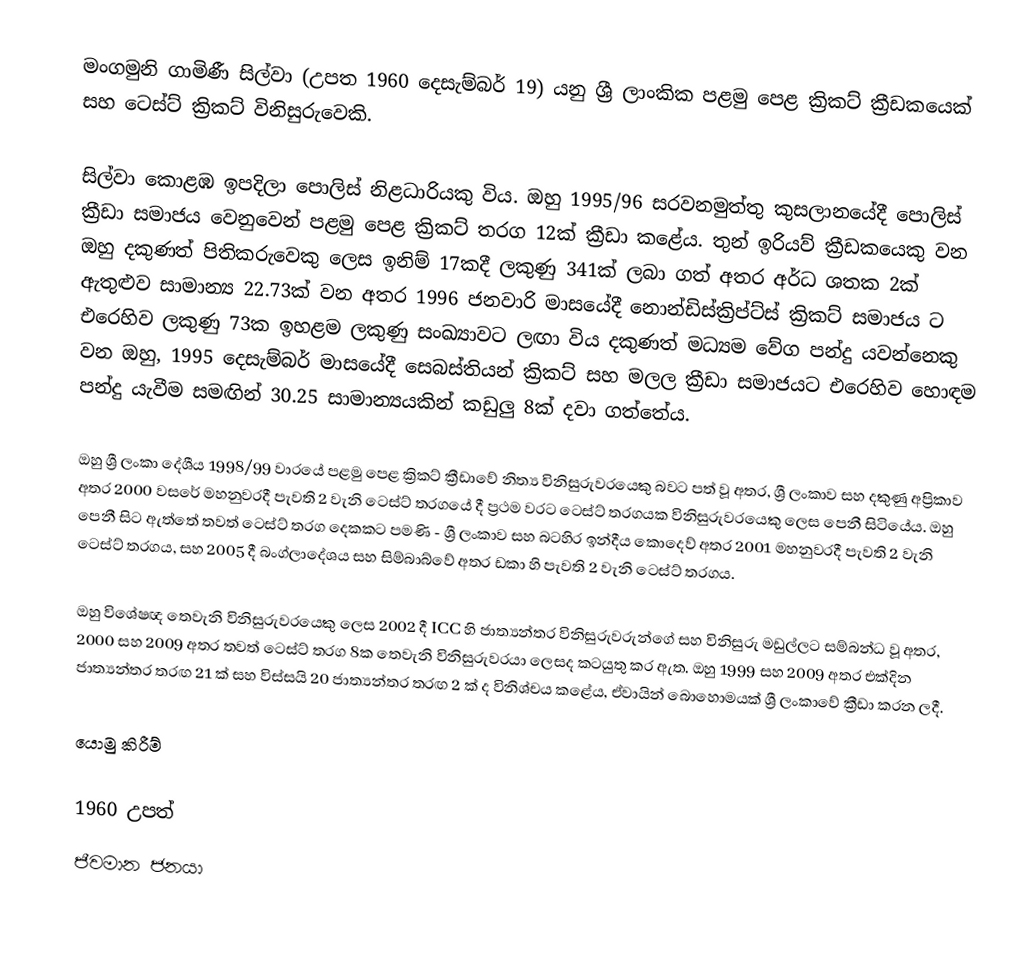
මංගමුනි ගාමිණී සිල්වා (උපත 1960 දෙසැම්බර් 19) යනු ශ්‍රී ලාංකික පළමු පෙළ ක්‍රිකට් ක්‍රීඩකයෙක් සහ ටෙස්ට් ක්‍රිකට් විනිසුරුවෙකි.

සිල්වා කොළඹ ඉපදිලා පොලිස් නිළධාරියකු විය. ඔහු 1995/96 සරවනමුත්තු කුසලානයේදී පොලිස් ක්‍රීඩා සමාජය වෙනුවෙන් පළමු පෙළ ක්‍රිකට් තරග 12ක් ක්‍රීඩා කළේය. තුන් ඉරියව් ක්‍රීඩකයෙකු වන ඔහු දකුණත් පිතිකරුවෙකු ලෙස ඉනිම් 17කදී ලකුණු 341ක් ලබා ගත් අතර අර්ධ ශතක 2ක් ඇතුළුව සාමාන්‍ය 22.73ක් වන අතර 1996 ජනවාරි මාසයේදී නොන්ඩිස්ක්‍රිප්ට්ස් ක්‍රිකට් සමාජය ට එරෙහිව ලකුණු 73ක ඉහළම ලකුණු සංඛ්‍යාවට ලඟා විය  දකුණත් මධ්‍යම වේග පන්දු යවන්නෙකු වන ඔහු, 1995 දෙසැම්බර් මාසයේදී සෙබස්තියන් ක්‍රිකට් සහ මලල ක්‍රීඩා සමාජයට එරෙහිව හොඳම පන්දු යැවීම සමඟින් 30.25 සාමාන්‍යයකින් කඩුලු 8ක් දවා ගත්තේය.

ඔහු ශ්‍රී ලංකා දේශීය 1998/99 වාරයේ පළමු පෙළ ක්‍රිකට් ක්‍රීඩාවේ නිත්‍ය විනිසුරුවරයෙකු බවට පත් වූ අතර, ශ්‍රී ලංකාව සහ දකුණු අප්‍රිකාව අතර 2000 වසරේ මහනුවරදී පැවති 2 වැනි ටෙස්ට් තරගයේ දී ප්‍රථම වරට ටෙස්ට් තරගයක විනිසුරුවරයෙකු ලෙස පෙනී සිටියේය. ඔහු පෙනී සිට ඇත්තේ තවත් ටෙස්ට් තරග දෙකකට පමණි - ශ්‍රී ලංකාව සහ බටහිර ඉන්දීය කොදෙව් අතර 2001 මහනුවරදී පැවති 2 වැනි ටෙස්ට් තරගය, සහ 2005 දී බංග්ලාදේශය සහ සිම්බාබ්වේ අතර ඩකා හි පැවති 2 වැනි ටෙස්ට් තරගය.

ඔහු විශේෂඥ තෙවැනි විනිසුරුවරයෙකු ලෙස 2002 දී ICC හි ජාත්‍යන්තර විනිසුරුවරුන්ගේ සහ විනිසුරු මඩුල්ලට සම්බන්ධ වූ අතර, 2000 සහ 2009 අතර තවත් ටෙස්ට් තරග 8ක තෙවැනි විනිසුරුවරයා ලෙසද කටයුතු කර ඇත. ඔහු 1999 සහ 2009 අතර එක්දින ජාත්‍යන්තර තරඟ 21 ක් සහ විස්සයි 20 ජාත්‍යන්තර තරඟ 2 ක් ද විනිශ්චය කළේය, ඒවායින් බොහොමයක් ශ්‍රී ලංකාවේ ක්‍රීඩා කරන ලදී.

යොමු කිරීම්

1960 උපත්
ජීවමාන ජනයා